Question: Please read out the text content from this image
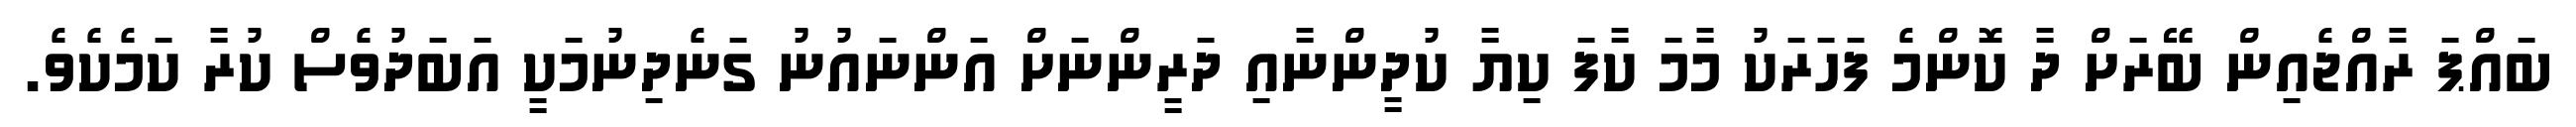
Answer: ބައްޕަ ރާއްޖެއިން ބޭރަށް ދާ ކޮންމެ ފަހަރަކު މާމަ ކާފަ ކިޔާ ކުދީންނާއި ދަރީންނަށް އަންނައުނު ގަނެދިނުމަކީ އަބަދުވެސް ކުރާ ކަމެކެވެ.